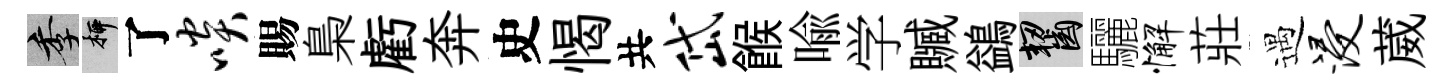
季柳了啖賜梟虧奔史愒共岱餱喩学贓鷁齧驪懈莊遇浸葳